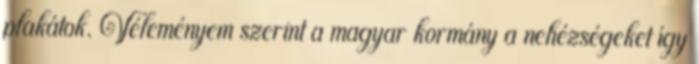
plakátok. Véleményem szerint a magyar kormány a nehézségeket így